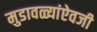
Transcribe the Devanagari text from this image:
मुडावळ्यांऐवजी